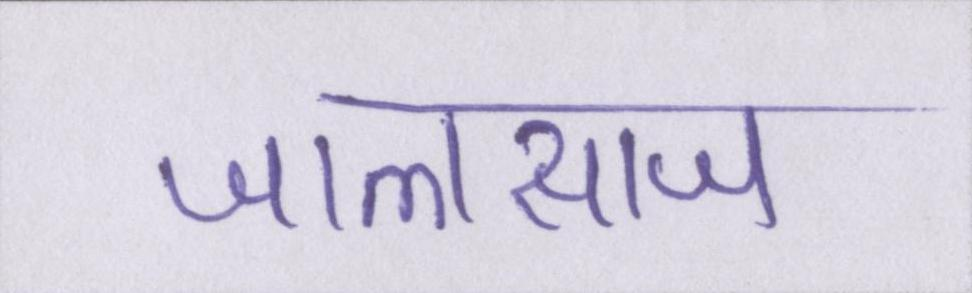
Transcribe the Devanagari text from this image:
जालसाज